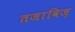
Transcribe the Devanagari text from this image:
तजाविज़